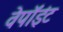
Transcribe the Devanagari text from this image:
वेपॉइंट